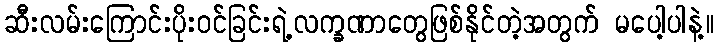
ဆီးလမ်းကြောင်းပိုးဝင်ခြင်းရဲ့လက္ခဏာတွေဖြစ်နိုင်တဲ့အတွက် မပေါ့ပါနဲ့။